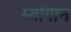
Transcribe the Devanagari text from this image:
म्बोंगान